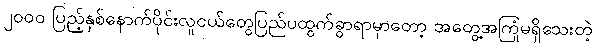
၂၀၀၀ ပြည့်နှစ်နောက်ပိုင်းလူငယ်တွေပြည်ပထွက်ခွာရာမှာတော့ အတွေ့အကြုံမရှိသေးတဲ့